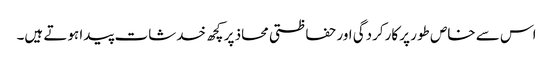
اس سے خاص طور پر کارکردگی اور حفاظتی محاذ پر کچھ خدشات پیدا ہوتے ہیں۔